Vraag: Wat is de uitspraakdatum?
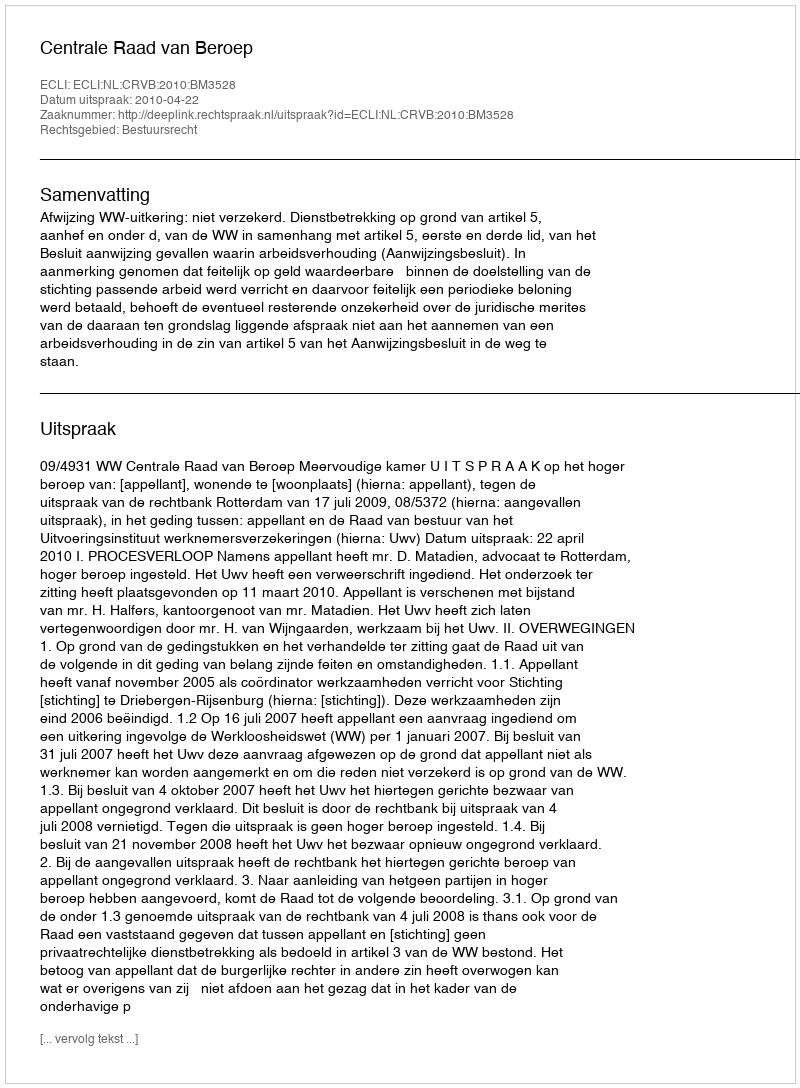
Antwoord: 2010-04-22